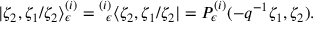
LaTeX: | \zeta _ { 2 } , \zeta _ { 1 } / \zeta _ { 2 } \rangle _ { \epsilon } ^ { ( i ) } = { } _ { \; \; \epsilon } ^ { ( i ) } \langle \zeta _ { 2 } , \zeta _ { 1 } / \zeta _ { 2 } | = P _ { \epsilon } ^ { ( i ) } ( - q ^ { - 1 } \zeta _ { 1 } , \zeta _ { 2 } ) .